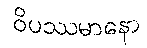
ဝိပဿမာနော